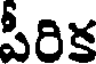
పీరిక